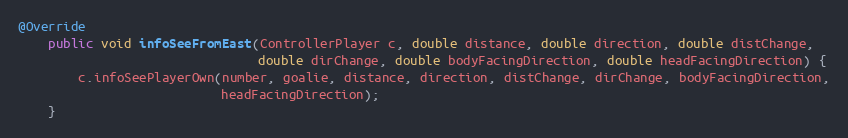
Language: Java
@Override
    public void infoSeeFromEast(ControllerPlayer c, double distance, double direction, double distChange,
                                double dirChange, double bodyFacingDirection, double headFacingDirection) {
        c.infoSeePlayerOwn(number, goalie, distance, direction, distChange, dirChange, bodyFacingDirection,
                           headFacingDirection);
    }